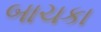
બાચકા